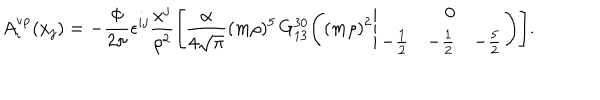
LaTeX: A _ { i } ^ { \mathrm { v p } } ( x _ { j } ) = - \frac { \Phi } { 2 \pi } \epsilon ^ { i j } \frac { x ^ { j } } { \rho ^ { 2 } } \Biggl [ \frac { \alpha } { 4 \sqrt { \pi } } ( m \rho ) ^ { 5 } \, G _ { 1 3 } ^ { 3 0 } \Biggl ( ( m \rho ) ^ { 2 } \Bigg | \begin{array} { r r r } { { } } & { { 0 } } & { { } } \\ { { - \frac { 1 } { 2 } } } & { { - \frac { 1 } { 2 } } } & { { - \frac { 5 } { 2 } } } \\ \end{array} \Biggr ) \Biggr ] .